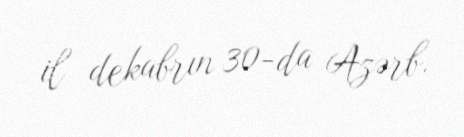
il dekabrın 30-da Azərb.